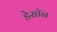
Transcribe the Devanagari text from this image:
डेसॉन